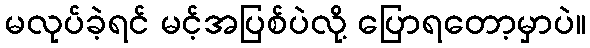
မလုပ်ခဲ့ရင် မင့်အပြစ်ပဲလို့ ပြောရတော့မှာပဲ။